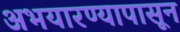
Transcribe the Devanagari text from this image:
अभयारण्यापासून